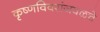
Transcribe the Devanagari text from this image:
कृष्णविवरांजवळचे